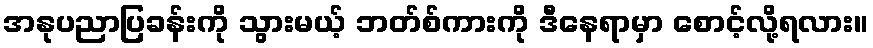
အနုပညာပြခန်းကို သွားမယ့် ဘတ်စ်ကားကို ဒီနေရာမှာ စောင့်လို့ရလား။